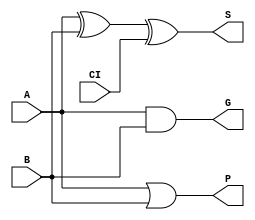
`timescale 1ns / 1ps

module Add_1bit(
    input A,
    input B,
    input CI, //
    output S, //
    output G, //
    output P //
);

xor(S,A,B,CI);
and(G,A,B);
or(P,A,B);
    
endmodule

module CLA_4bit( //4bit_CLA
    input[3:0] G,
    input[3:0] P,
    input CI_0,
    output[4:1] CI,
    output Gm,
    output Pm
);

wire temp[9:0];
and(temp[0],CI_0,P[0]); //P0C0
and(temp[1],temp[0],P[1]); //P1P0C0
and(temp[2],temp[1],P[2]); //P2P1P0C0
and(temp[3],temp[2],P[3]); //P3P2P1P0G0

and(temp[4],G[0],P[1]); //P1G0
and(temp[5],temp[4],P[2]); //P2P1G0
and(temp[6],temp[5],P[3]); //P3P2P1G0

and(temp[7],G[1],P[2]); //P2G1
and(temp[8],temp[7],P[3]); //P3P2G1

and(temp[9],G[2],P[3]); //P3G2

or(CI[1],G[0],temp[0]); //C1 = G0 + P0C0
or(CI[2],G[1],temp[4],temp[1]); //C2 = G1 + P1G0 + P1P0C0
or(CI[3],G[2],temp[7],temp[5],temp[2]); //C3 = G2 + P2G1 + P2P1G0 + P2P1P0C0
or(CI[4],G[3],temp[9],temp[8],temp[6],temp[3]); //C4 = G3 + P3G2 + P3P2P1G0 + P3P2P1P0C0
  
or(Gm,G[3],temp[9],temp[8],temp[6]); //Gm = G3 + P3G2 + P3P2G1 + P3P2P1G0
and(Pm,P[0],P[1],P[2],P[3]); //Pm = P3P2P1P0
    
endmodule

module CLA_Add_4bit( //4bit_CLA
    input[3:0] A,
    input[3:0] B,
    input CI_0,
    output[3:0] S,
    output Gm,
    output Pm
);

wire[3:0] G;
wire[3:0] P;
wire[4:1] CI;
    
Add_1bit u1(
    .A (A[0]),
    .B (B[0]),
    .CI (CI_0),
    .S (S[0]),
    .G (G[0]),
    .P (P[0])
);
    
Add_1bit u2(
    .A (A[1]),
    .B (B[1]),
    .CI (CI[1]),
    .S (S[1]),
    .G (G[1]),
    .P (P[1])
);
    
Add_1bit u3(
    .A (A[2]),
    .B (B[2]),
    .CI (CI[2]),
    .S (S[2]),
    .G (G[2]),
    .P (P[2])
);
    
Add_1bit u4(
    .A (A[3]),
    .B (B[3]),
    .CI (CI[3]),
    .S (S[3]),
    .G (G[3]),
    .P (P[3])
);

CLA_4bit U(
    .P (P),
    .G (G),
    .CI_0 (CI_0),
    .CI (CI),
    .Gm (Gm),
    .Pm (Pm)
);
    
endmodule

module CLA_Add_16bit( //16bit_CLA
    input[15:0] A,
    input[15:0] B,
    input CI_0,
    output[15:0] S,
    output GM,
    output PM
);

wire[3:0] G;
wire[3:0] P;
wire[4:1] CI;

CLA_Add_4bit u1(
    .A (A[3:0]),
    .B (B[3:0]),
    .CI_0 (CI_0),
    .S (S[3:0]),
    .Gm (G[0]),
    .Pm (P[0])
);
    
CLA_Add_4bit u2(
    .A (A[7:4]),
    .B (B[7:4]),
    .CI_0 (CI[1]),
    .S (S[7:4]),
    .Gm (G[1]),
    .Pm (P[1])
);
    
CLA_Add_4bit u3(
    .A (A[11:8]),
    .B (B[11:8]),
    .CI_0 (CI[2]),
    .S (S[11:8]),
    .Gm (G[2]),
    .Pm (P[2])
);
    
CLA_Add_4bit u4(
    .A (A[15:12]),
    .B (B[15:12]),
    .CI_0 (CI[3]),
    .S (S[15:12]),
    .Gm (G[3]),
    .Pm (P[3])
);

CLA_4bit U(
    .P (P),
    .G (G),
    .CI_0 (CI_0),
    .CI (CI),
    .Gm (GM),
    .Pm (PM)
);
    
endmodule

module CLA_Add_32bit( //32bit_CLA
    input[31:0] A,
    input[31:0] B,
    input CI_0,
    output[31:0] S,
    output CO
);

wire CI_16;
wire[1:0] G;
wire[1:0] P;

CLA_Add_16bit u1(
    .A (A[15:0]),
    .B (B[15:0]),
    .CI_0 (CI_0),
    .S (S[15:0]),
    .GM (G[0]),
    .PM (P[0])
);

CLA_Add_16bit u2(
    .A (A[31:16]),
    .B (B[31:16]),
    .CI_0 (CI_16),
    .S (S[31:16]),
    .GM (G[1]),
    .PM (P[1])
);

wire temp[2:0];
and(temp[0],CI_0,P[0]);
and(temp[1],temp[0],P[1]);
and(temp[2],G[0],P[1]);
or(CI_16,G[0],temp[0]);
or(CO,G[1],temp[2],temp[1]);

endmodule

module Serial_Add_1bit(
    input A,
    input B,
    input CI,
    output S,
    output CO
);

wire G, P, tmp;
xor(S, A, B, CI);
and(G, A, B);
xor(P, A, B);
and(tmp, P, CI);
or(CO, G, tmp);

endmodule

module Serial_Add_32bit(
    input[31:0] A,
    input[31:0] B,
    input CI_0,
    output[31:0] S,
    output CO
);

wire c1,c2,c3,c4,c5,c6,c7,c8,c9,c10,c11,c12,c13,c14,c15,
      c16,c17,c18,c19,c20,c21,c22,c23,c24,c25,c26,c27,c28,
      c29,c30,c31;
      
Serial_Add_1bit u1(.A (A[0]), .B (B[0]), .CI (CI_0), .S (S[0]), .CO (c1));
Serial_Add_1bit u2(.A (A[1]), .B (B[1]), .CI (c1), .S (S[1]), .CO (c2));
Serial_Add_1bit u3(.A (A[2]), .B (B[2]), .CI (c2), .S (S[2]), .CO (c3));
Serial_Add_1bit u4(.A (A[3]), .B (B[3]), .CI (c3), .S (S[3]), .CO (c4));
Serial_Add_1bit u5(.A (A[4]), .B (B[4]), .CI (c4), .S (S[4]), .CO (c5));
Serial_Add_1bit u6(.A (A[5]), .B (B[5]), .CI (c5), .S (S[5]), .CO (c6));
Serial_Add_1bit u7(.A (A[6]), .B (B[6]), .CI (c6), .S (S[6]), .CO (c7));
Serial_Add_1bit u8(.A (A[7]), .B (B[7]), .CI (c7), .S (S[7]), .CO (c8));
Serial_Add_1bit u9(.A (A[8]), .B (B[8]), .CI (c8), .S (S[8]), .CO (c9));
Serial_Add_1bit u10(.A (A[9]), .B (B[9]), .CI (c9), .S (S[9]), .CO (c10));
Serial_Add_1bit u11(.A (A[10]), .B (B[10]), .CI (c10), .S (S[10]), .CO (c11));
Serial_Add_1bit u12(.A (A[11]), .B (B[11]), .CI (c11), .S (S[11]), .CO (c12));
Serial_Add_1bit u13(.A (A[12]), .B (B[12]), .CI (c12), .S (S[12]), .CO (c13));
Serial_Add_1bit u14(.A (A[13]), .B (B[13]), .CI (c13), .S (S[13]), .CO (c14));
Serial_Add_1bit u15(.A (A[14]), .B (B[14]), .CI (c14), .S (S[14]), .CO (c15));
Serial_Add_1bit u16(.A (A[15]), .B (B[15]), .CI (c15), .S (S[15]), .CO (c16));
Serial_Add_1bit u17(.A (A[16]), .B (B[16]), .CI (c16), .S (S[16]), .CO (c17));
Serial_Add_1bit u18(.A (A[17]), .B (B[17]), .CI (c17), .S (S[17]), .CO (c18));
Serial_Add_1bit u19(.A (A[18]), .B (B[18]), .CI (c18), .S (S[18]), .CO (c19));
Serial_Add_1bit u20(.A (A[19]), .B (B[19]), .CI (c19), .S (S[19]), .CO (c20));
Serial_Add_1bit u21(.A (A[20]), .B (B[20]), .CI (c20), .S (S[20]), .CO (c21));
Serial_Add_1bit u22(.A (A[21]), .B (B[21]), .CI (c21), .S (S[21]), .CO (c22));
Serial_Add_1bit u23(.A (A[22]), .B (B[22]), .CI (c22), .S (S[22]), .CO (c23));
Serial_Add_1bit u24(.A (A[23]), .B (B[23]), .CI (c23), .S (S[23]), .CO (c24));
Serial_Add_1bit u25(.A (A[24]), .B (B[24]), .CI (c24), .S (S[24]), .CO (c25));
Serial_Add_1bit u26(.A (A[25]), .B (B[25]), .CI (c25), .S (S[25]), .CO (c26));
Serial_Add_1bit u27(.A (A[26]), .B (B[26]), .CI (c26), .S (S[26]), .CO (c27));
Serial_Add_1bit u28(.A (A[27]), .B (B[27]), .CI (c27), .S (S[27]), .CO (c28));
Serial_Add_1bit u29(.A (A[28]), .B (B[28]), .CI (c28), .S (S[28]), .CO (c29));
Serial_Add_1bit u30(.A (A[29]), .B (B[29]), .CI (c29), .S (S[29]), .CO (c30));
Serial_Add_1bit u31(.A (A[30]), .B (B[30]), .CI (c30), .S (S[30]), .CO (c31));
Serial_Add_1bit u32(.A (A[31]), .B (B[31]), .CI (c31), .S (S[31]), .CO (CO));

endmodule